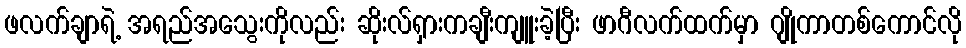
ဖလက်ချာရဲ့ အရည်အသွေးကိုလည်း ဆိုးလ်ရှားကချီးကျူးခဲ့ပြီး ဖာဂီလက်ထက်မှာ ဂျိုကာတစ်ကောင်လို